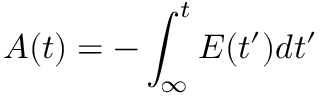
\boldsymbol { A } ( t ) = - \int _ { \infty } ^ { t } \boldsymbol { E } ( t ^ { \prime } ) d t ^ { \prime }